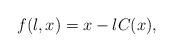
LaTeX: \begin{align*}f(\l,x)=x-\l C(x),\end{align*}